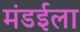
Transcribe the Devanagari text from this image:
मंडईला